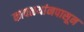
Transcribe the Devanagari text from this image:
कावळयांनपासून